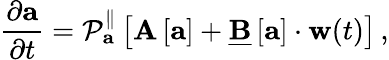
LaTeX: \frac{\partial\mathbf{a}}{\partial t}=\mathcal{P}_{\mathbf{a}}^{\parallel}\left[\mathbf{A}\left[\mathbf{a}\right]+\underline{{\mathbf{B}}}\left[\mathbf{a}\right]\cdot\mathbf{w}(t)\right]\, ,